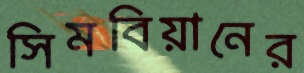
সিমবিয়ানের